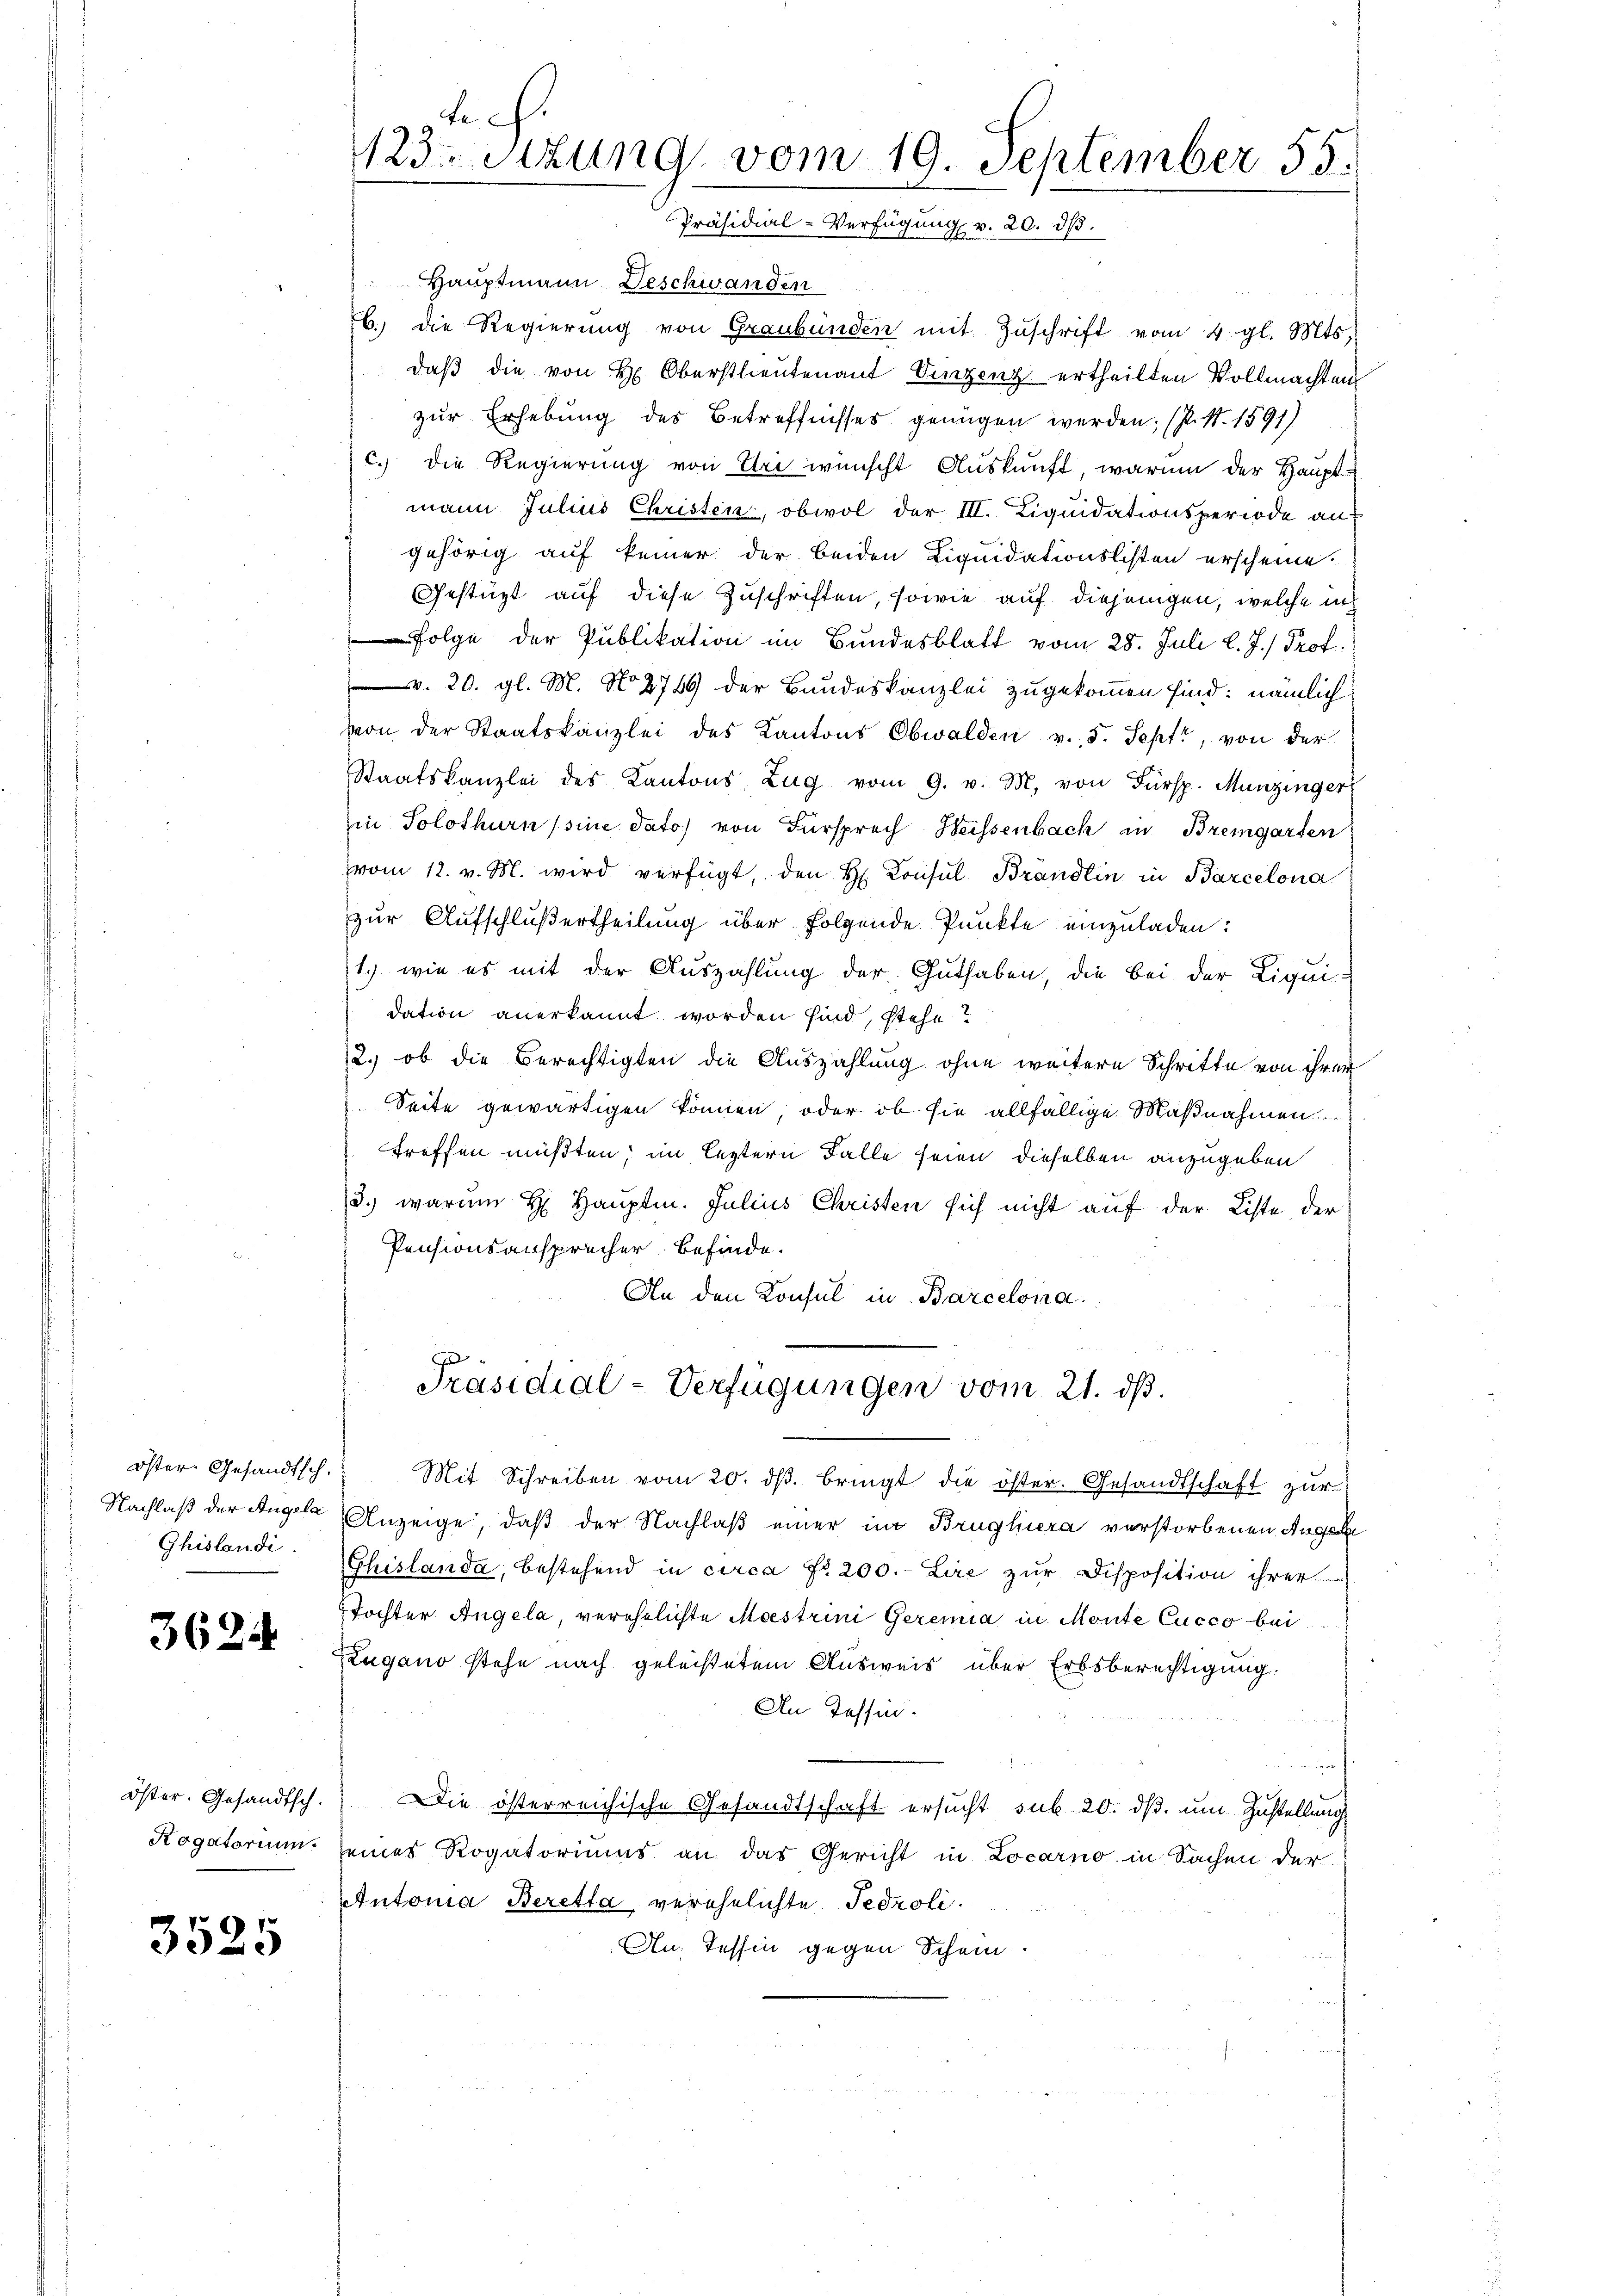
tch.
23 stung vom 19. September 55.
Präsidial-Verfügung v. 20. dβ.

Hauptmann Deschwanden
b. die Regierŭng von Graubünden mit Zŭschrift vom 4. gl. Mts.
daß die von H. Oberstlieutenant Vinzenz ertheilten Vollmachten
zur Erhebung des Betreffnisses genügen werden; (s. S. 1591)
c.) die Regierung von Uri wünscht Auskunft, warum der Hauptmann Julius Christen, obwol der III. Liquidationsperiode an
gehörig auf keiner der beiden Liquidationslisten erscheine.
Gestüzt auf diese Zuschriften, sowie auf diejenigen, welche ich
Folge der Publikation im Bundesblatt vom 28. Juli l. J.) Prof.
v. 20. gl. M. No 2749 der Bundeskanzlei zugekommen sind; nämlich
von der Staatskanzlei des Kantons Obwalden v. 5. Sept, von der
Staatskanzlei des Kantons Zŭg vom 9. v. M. von Fürsp. Munzinger
in Solothurn sine dato) von Fürsprech Weissenbach in Bremgarten
vom 12. v. M. wird verfügt, den H. Consul Brandtin in Barcelona
zur Aufschlußertheilung über folgende Punkte einzuladen:
1.) wie es mit der Auszahlung der Guthaben, die bei der Liqui-
dation anerkannt worden sind, stehe?
2.) ob die Berechtigten die Auszahlung ohne weitere Schritte von ihrer
Seite gewärtigen können, oder ob sie allfällige Maßnahmen.
treffen müßten; im leztern Falle seien dieselben anzugeben
3) warum H. Hauptm. Julius Christen sich nicht auf der Liste der
Pensionsansprücher befinde.
An den Konsul in Barcelona.

Präsidial-Verfügungen vom 21. dß.

Mit Schreiben vom 20. dβ. bringt die öster. Gesandtschaft zur
Anzeige, daß der Nachlaß einer im Brughiera verstorbenen Angel
Chislanda, bestehend in circa No. 200.- Lire zur Disposition ihrer
Tochter Angela, verehelichte Meestrini Geremia in Monte Cucco bei
Zugano stehe nach geleistetem Ausweis über Erbsberechtigung.
An Tessin.
Die österreichische Gesandtschaft ersucht sub 20. ds. um Zustellung
seines Rogatoriums an das Gericht in Locarno in Sachen der
Autonia Beretta verehelichte Fedroli
Au, Tessin gegen Schein

öster. Gesandtsch.
Nachlaß der Angela
Ghislandi

3624

öster. Gesandtsch.
Rogatorium.

3525